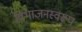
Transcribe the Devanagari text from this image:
विभाजनस्वरूप